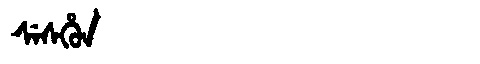
Manchu: ᠰᡝᠰᡥᡠᠨ
Romanization: SESHUN